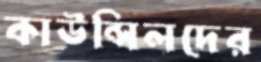
কাউন্সিলদের